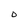
Character: o